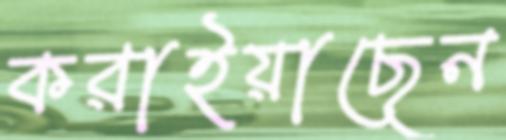
করাইয়াছেন